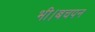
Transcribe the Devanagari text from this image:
भी।बचपन